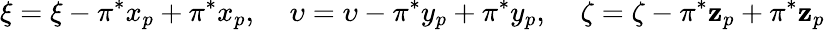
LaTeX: \xi=\xi-\pi^{*}x_{p}+\pi^{*}x_{p},\: \: \: \: \: \upsilon=\upsilon-\pi^{*}y_{p}+\pi^{*}y_{p},\: \: \: \: \: \zeta=\zeta-\pi^{*}\mathbf{z}_{p}+\pi^{*}\mathbf{z}_{p}